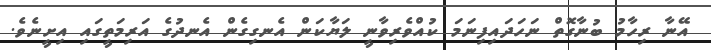
އޭނާ ރިހާމު ބުނާގޮތް ނަހަދައިފިނަމަ ކުއްވެރިވާނީ ލަޔާކަން އެނގިގެން އެނދުގެ އަރިމަތީގައި އިށީނެވެ.